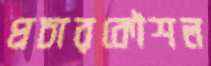
প্রচারকৌশল